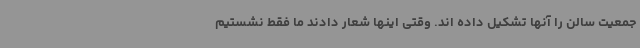
جمعیت سالن را آنها تشکیل داده اند. وقتی اینها شعار دادند ما فقط نشستیم